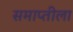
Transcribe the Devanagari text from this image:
समाप्तीला